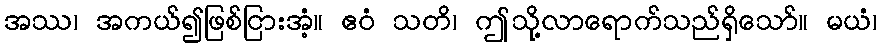
အဿ၊ အကယ်၍ဖြစ်ငြားအံ့။ ဧဝံ သတိ၊ ဤသို့လာရောက်သည်ရှိသော်။ မယံ၊